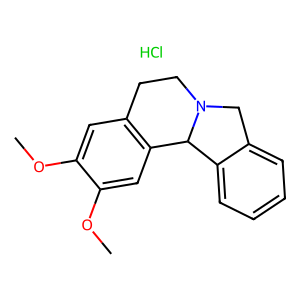
SMILES: COc1cc2c(cc1OC)C1c3ccccc3CN1CC2.Cl
Inhibits HIV replication: No